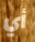
أي